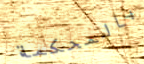
بالمحكمة